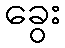
ခွေး